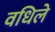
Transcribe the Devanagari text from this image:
वधिले